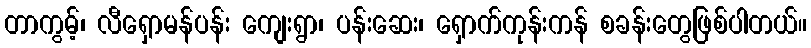
တာကွမ့်၊ လီရှောမန်ပန်း ကျေးရွာ၊ ပန်းဆေး၊ ရှောက်ကုန်းကန် စခန်းတွေဖြစ်ပါတယ်။